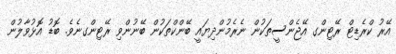
އޭރު ކްރެޑިޓް ރޭޓިންގ އޭޖެންސީތަކުން ނެރެމުންދިޔައީ ބޭންކްތަކުން ބޭނުންވި ރޭޓިންގނެވެ. ބޮޑު އޮޅުވާލުން